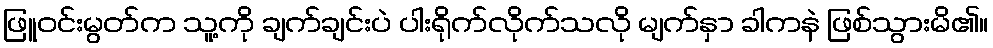
ဖြူဝင်းမွတ်က သူ့ကို ချက်ချင်းပဲ ပါးရိုက်လိုက်သလို မျက်နှာ ခါကနဲ ဖြစ်သွားမိ၏။